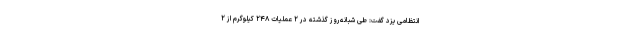
انتظامی یزد گفت: طی شبانه‌روز گذشته در ۲ عملیات ۲۴۸ کیلوگرم از ۲